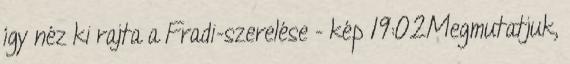
így néz ki rajta a Fradi-szerelése - kép 19:02Megmutatjuk,